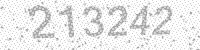
Solution: 213242